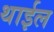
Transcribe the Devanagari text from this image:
थाईल